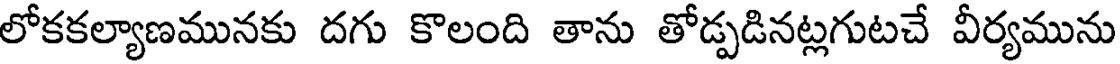
లోకకల్యాణమునకు దగు కొలంది తాను తోడ్పడినట్లగుటచే వీర్యమును